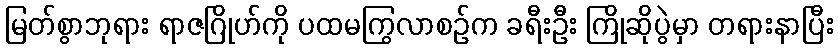
မြတ်စွာဘုရား ရာဇဂြိုဟ်ကို ပထမကြွလာစဉ်က ခရီးဦး ကြိုဆိုပွဲမှာ တရားနာပြီး